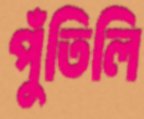
পুঁতিলি